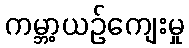
ကမ္ဘာ့ယဉ်ကျေးမှု